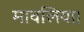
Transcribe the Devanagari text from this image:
मावलिया।